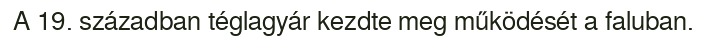
A 19. században téglagyár kezdte meg működését a faluban.